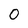
Character: 0